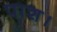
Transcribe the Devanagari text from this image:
पाश।